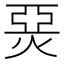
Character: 𤊗